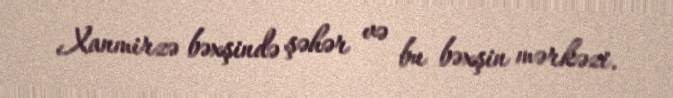
Xanmirzə bəxşində şəhər və bu bəxşin mərkəzi.